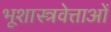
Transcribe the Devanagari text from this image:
भूशास्त्रवेत्ताओं